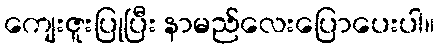
ကျေးဇူးပြုပြီး နာမည်လေးပြောပေးပါ။